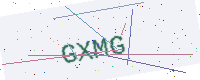
Text: GXMG